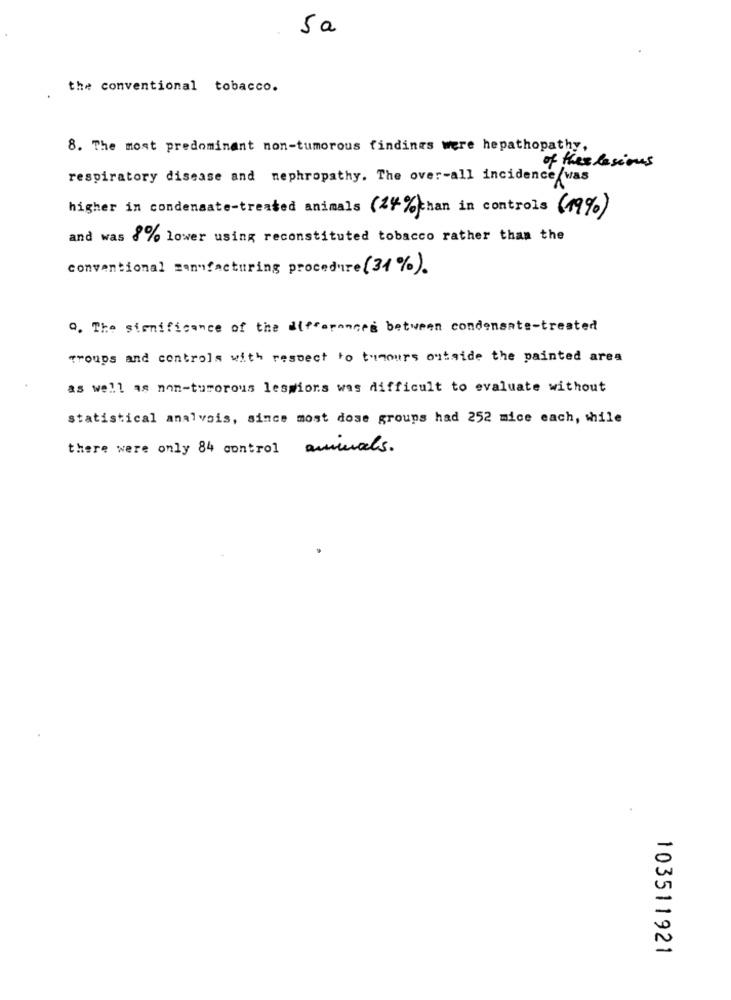
5a
the conventional tobacco.
8. The most predominant non-tumorous findings were hepathopathy,
of these lesions
respiratory disease and nephropathy. The over-all incidence/was
higher in condensate-treated animals (24% chan in controls (19%)
and was 6% lower using reconstituted tobacco rather than the
conventional manufacturing procedure (31%).
Q. The significance of the differences between condensate-treated
Troups and controls with respect to tumours outside the painted area
as well as non-turorous lessions was difficult to evaluate without
statistical analvois, since most dose groups had 252 mice each, while
there were only 84 control aminals.
103511921